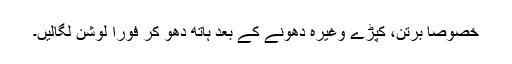
خصوصاً برتن، کپڑے وغیرہ دھونے کے بعد ہاتھ دھو کر فوراً لوشن لگالیں۔